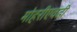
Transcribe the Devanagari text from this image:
मोहरीएवढी